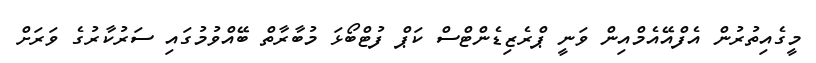
މީގެއިތުރުން އެފްއޭއެމްއިން ވަނީ ޕްރެޒިޑެންޓްސް ކަޕް ފުޓްބޯޅަ މުބާރާތް ބޭއްވުމުގައި ސަރުކާރުގެ ވަރަށް